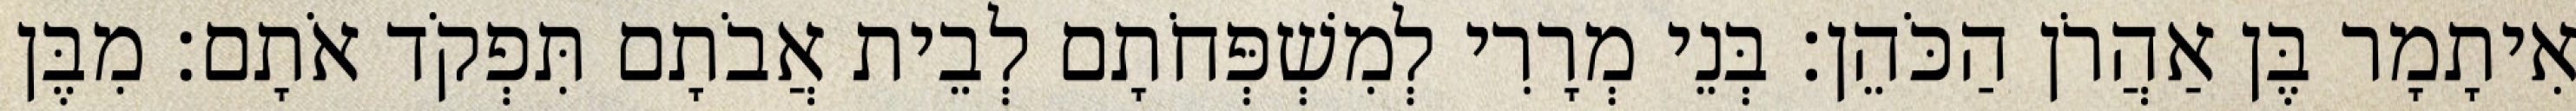
אִיתָמָר בֶּן אַהֲרֹן הַכֹּהֵן׃ בְּנֵי מְרָרִי לְמִשְׁפְּחֹתָם לְבֵית אֲבֹתָם תִּפְקֹד אֹתָם׃ מִבֶּן